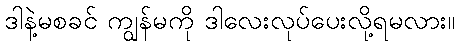
ဒါနဲ့မစခင် ကျွန်မကို ဒါလေးလုပ်ပေးလို့ရမလား။